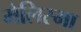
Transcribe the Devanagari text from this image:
मेलिस्मा